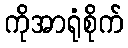
ကိုအာရုံစိုက်